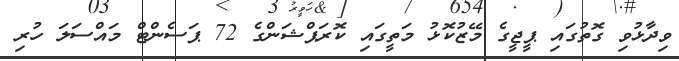
ވިދާޅުވި ގޮތުގައި ޕީޖީގެ މޭޒުކޮޅު މަތީގައި ކޮރަޕްޝަންގެ 72 ޕަސެންޓް މައްސަލަ ހުރި